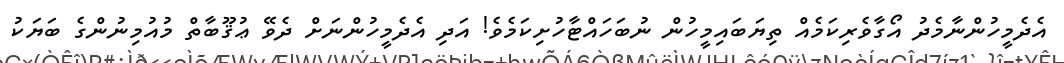
އެދެމީހުންނާމެދު އޯގާވެރިކަމެއް ތިޔަބައިމީހުން ނުބަހައްޓާހުށިކަމެވެ! އަދި އެދެމީހުންނަށް ދެވޭ ޢުޤޫބާތް މުއުމިނުންގެ ބަޔަކު